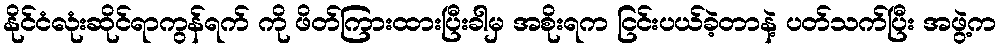
နိုင်ငံလုံးဆိုင်ရာကွန်ရက် ကို ဖိတ်ကြားထားပြီးခါမှ အစိုးရက ငြင်းပယ်ခဲ့တာနဲ့ ပတ်သက်ပြီး အဖွဲ့က